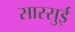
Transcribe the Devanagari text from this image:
सास्सुई